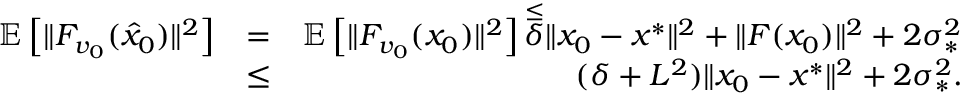
\begin{array} { r l r } { \mathbb { E } \left[ \| F _ { v _ { 0 } } ( \hat { x } _ { 0 } ) \| ^ { 2 } \right] } & { = } & { \mathbb { E } \left[ \| F _ { v _ { 0 } } ( x _ { 0 } ) \| ^ { 2 } \right] \overset { \leq } \delta \| x _ { 0 } - x ^ { * } \| ^ { 2 } + \| F ( x _ { 0 } ) \| ^ { 2 } + 2 \sigma _ { * } ^ { 2 } } \\ & { \leq } & { ( \delta + L ^ { 2 } ) \| x _ { 0 } - x ^ { * } \| ^ { 2 } + 2 \sigma _ { * } ^ { 2 } . } \end{array}